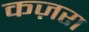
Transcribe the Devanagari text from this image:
कज़रा